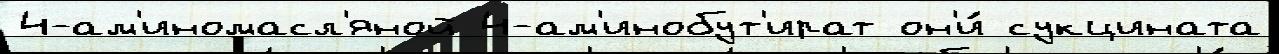
4-ам'иномасл'яной 4-ам'инобут'ират он'и́ сукцината